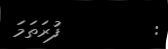
:         ފުރަތަމަ